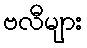
ဗလီများ